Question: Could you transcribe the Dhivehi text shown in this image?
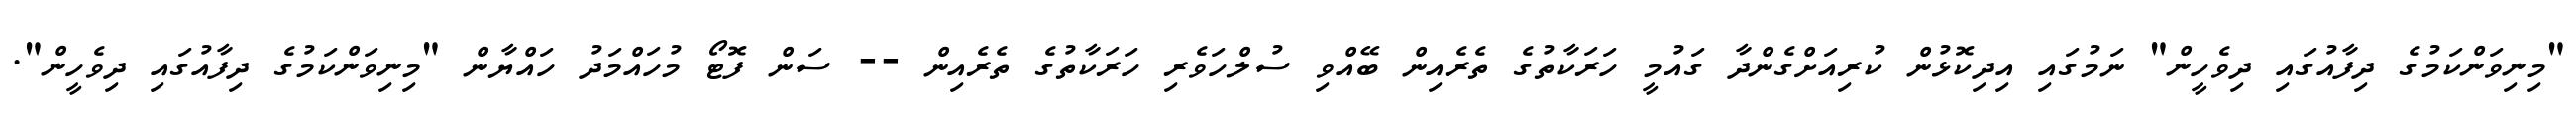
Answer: "މިނިވަންކަމުގެ ދިފާއުގައި ދިވެހީން" ނަމުގައި އިދިކޮޅުން ކުރިއަށްގެންދާ ގައުމީ ހަރަކާތުގެ ތެރެއިން ބޭއްވި ސުލްހަވެރި ހަރަކާތުގެ ތެރެއިން -- ސަން ފޮޓޯ މުހައްމަދު ހައްޔާން "މިނިވަންކަމުގެ ދިފާއުގައި ދިވެހީން".